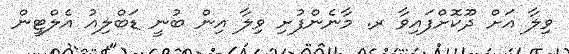
ވިލާ އަށް ދޫކޮށްފައިވާ ރ. މާނެންފުށި ވިލާ އިން ބުނީ ޑަބްލިއު އެލްޓީން